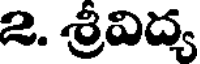
2. శ్రీవిద్య